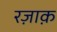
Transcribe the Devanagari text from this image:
रज़ाक़